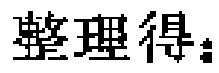
整理得：